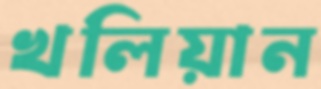
খলিয়ান